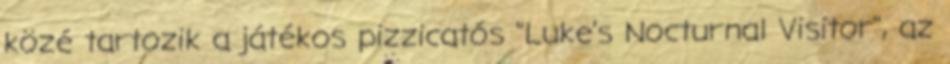
közé tartozik a játékos pizzicatós "Luke's Nocturnal Visitor", az